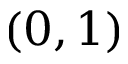
( 0 , 1 )